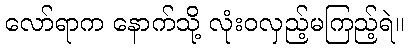
လော်ရာက နောက်သို့ လုံးဝလှည့်မကြည့်ရဲ။